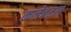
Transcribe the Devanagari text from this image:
कलेबद्दल